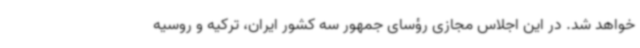
خواهد شد. در این اجلاس مجازی رؤسای جمهور سه کشور ایران، ترکیه و روسیه